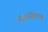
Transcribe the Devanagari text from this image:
रघुनाथविलास